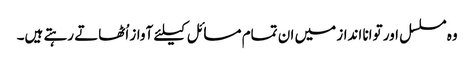
وہ مسلسل اور توانا انداز میں ان تمام مسائل کیلئے آواز اُٹھاتے رہتے ہیں۔